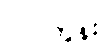
လင်ကွန်း